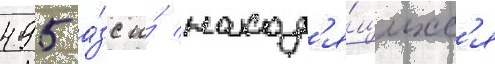
495 а́зс и́ наход'я́щихс'я